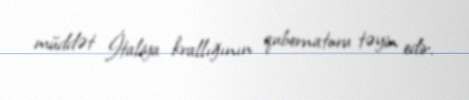
müddət İtaliya krallığının qubernatoru təyin edir.